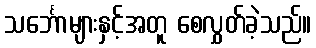
သင်္ဘောများနှင့်အတူ စေလွှတ်ခဲ့သည်။